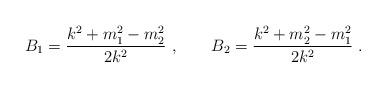
LaTeX: \begin{align*}B_1 = {k^2 + m_1^2 - m_2^2\over 2k^2}\ , \qquad B_2 = {k^2 + m_2^2 - m_1^2\over 2k^2}\ . \end{align*}